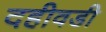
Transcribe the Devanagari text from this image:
दहीवडी